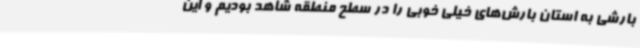
بارشی به استان بارش‌های خیلی خوبی را در سطح منطقه شاهد بودیم و این